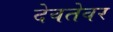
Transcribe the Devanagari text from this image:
देवतेवर